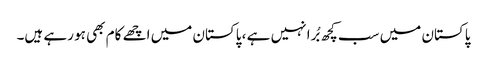
پاکستان میں سب کچھ بُرا نہیں ہے ، پاکستان میں اچھے کام بھی ہو رہے ہیں۔